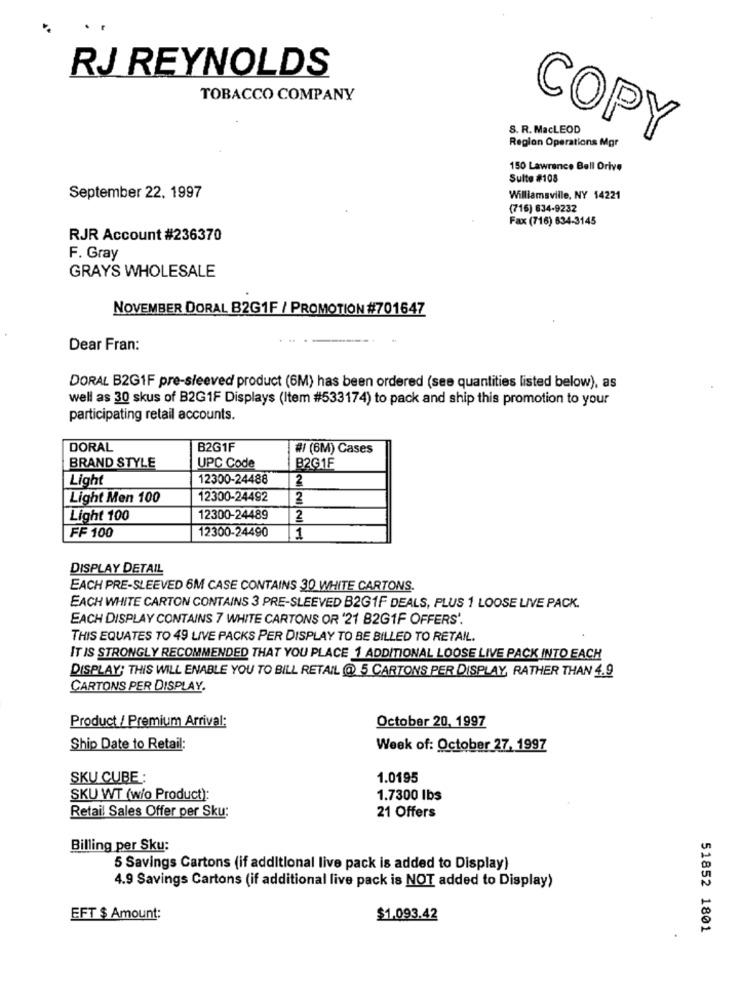
RJ REYNOLDS
TOBACCO COMPANY
S. R. MacLEOD
Region Operations Mgr
COPY
150 Lawrence Bell Drive
Sulte #108
September 22. 1997
Williamsville, NY 14221
(716) 634-9232
Fax (716) 834-3145
RJR Account #236370
F. Gray
GRAYS WHOLESALE
NOVEMBER DORAL B2G1F / PROMOTION #701647
Dear Fran:
DORAL B2G1F pre-sleeved product (6M) has been ordered (see quantities listed below), as
well as 30 skus of B2G1F Displays (Item #533174) to pack and ship this promotion to your
participating retail accounts.
DORAL
B2G1F
# (6M) Cases
BRAND STYLE
UPC Code
B2G1F
Light
12300-24488
2
Light Men 100
12300-24492
2
Light 100
12300-24489
2
FF 100
12300-24490
1
DISPLAY DETAIL
EACH PRE-SLEEVED 6M CASE CONTAINS 30 WHITE CARTONS.
EACH WHITE CARTON CONTAINS 3 PRE-SLEEVED B2G1F DEALS, PLUS 1 LOOSE LIVE PACK.
EACH DISPLAY CONTAINS 7 WHITE CARTONS OR '21 B2G1F OFFERS'.
THIS EQUATES TO 49 LIVE PACKS PER DISPLAY TO BE BILLED TO RETAIL.
IT IS STRONGLY RECOMMENDED THAT YOU PLACE 1 ADDITIONAL LOOSE LIVE PACK INTO EACH
DISPLAY; THIS WILL ENABLE YOU TO BILL RETAIL @ 5 CARTONS PER DISPLAY, RATHER THAN 4.9
CARTONS PER DISPLAY.
Product / Premium Arrival:
October 20, 1997
Ship Date to Retail:
Week of: October 27, 1997
SKU CUBE:
1.0195
SKU WT (w/o Product):
1.7300 lbs
Retail Sales Offer per Sku:
21 Offers
Billing per Sku:
5 Savings Cartons (if additional live pack is added to Display)
4.9 Savings Cartons (if additional live pack is NOT added to Display)
EFT $ Amount:
$1.093.42
51852 1801